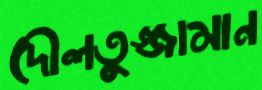
দৌলতুজ্জামান